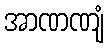
အာဏဏျံ